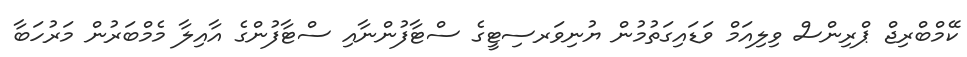
ކޭމްބްރިޖް ޕްރިންސް ވިލިއަމް ވަޑައިގަތުމުން ޔުނިވަރސިޓީގެ ސްޓާފުންނާއި ސްޓާފުންގެ އާއިލާ މެމްބަރުން މަރުހަބާ